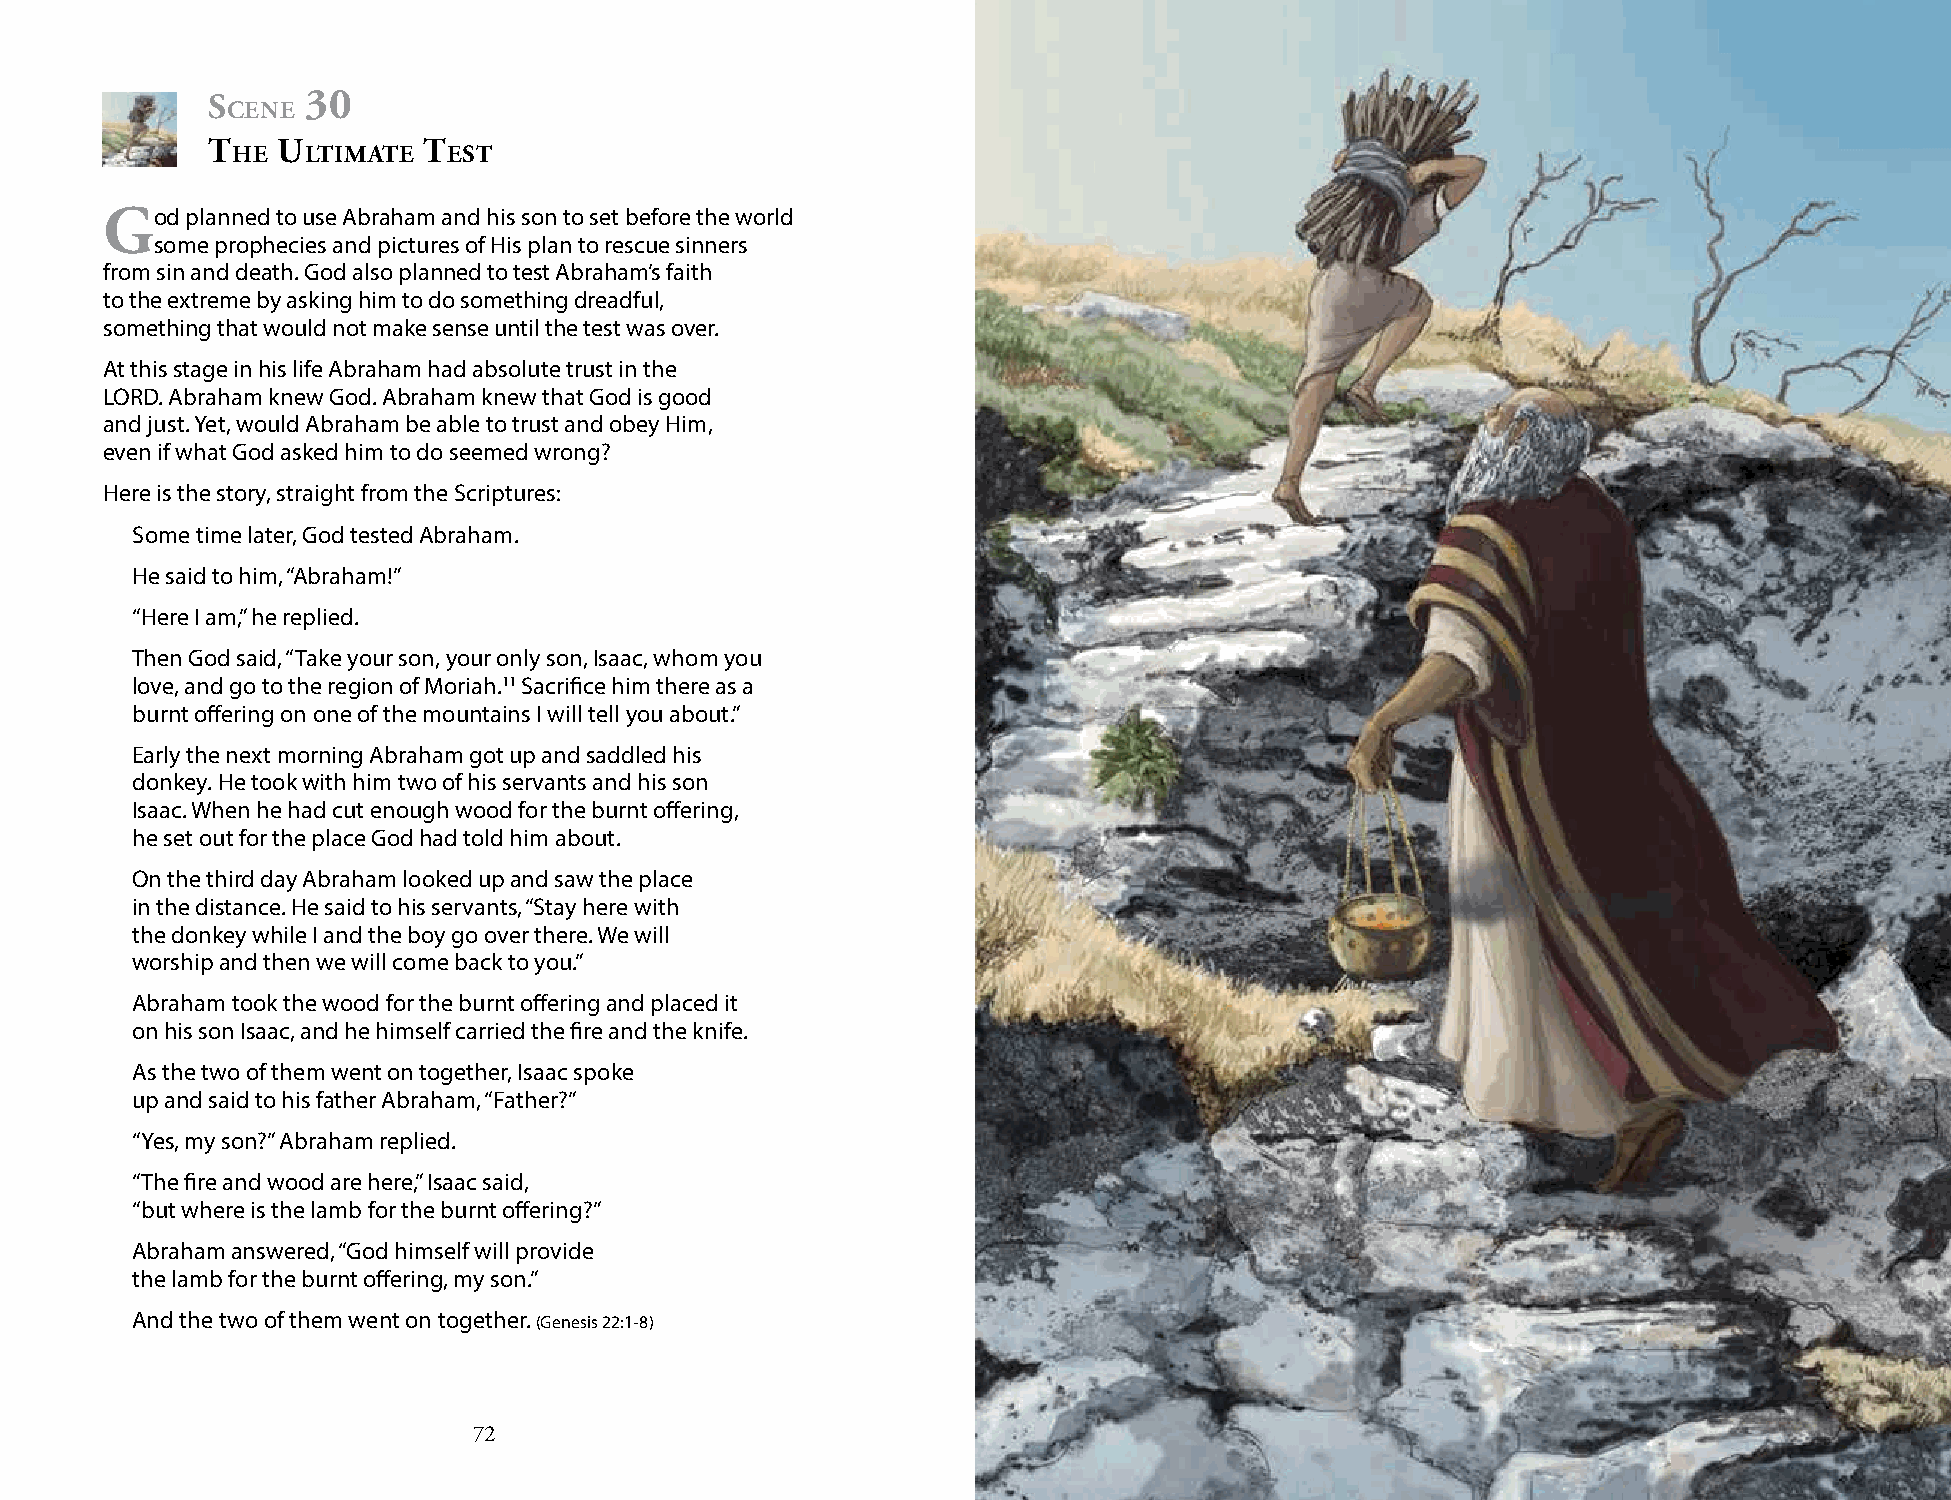
s     30
 cene
 t   u         t
 he   ltimAte   est
 god  planned to use Abraham and his son to set before the world
 some prophecies and pictures of His plan to rescue sinners
 from sin and death. God also planned to test Abraham’s faith
 to the extreme by asking him to do something dreadful,
 something that would not make sense until the test was over.
 At this stage in his life Abraham had absolute trust in the
 LORD. Abraham knew God. Abraham knew that God is good
 and just. Yet, would Abraham be able to trust and obey Him,
 even if what God asked him to do seemed wrong?
 Here is the story, straight from the Scriptures:
 Some time later, God tested Abraham.
 He said to him, “Abraham!”
 “Here I am,” he replied.
 Then God said, “Take your son, your only son, Isaac, whom you
 love, and go to the region of Moriah.11 Sacrifice him there as a
 burnt offering on one of the mountains I will tell you about.”
 Early the next morning Abraham got up and saddled his
 donkey. He took with him two of his servants and his son
 Isaac. When he had cut enough wood for the burnt offering,
 he set out for the place God had told him about.
 On the third day Abraham looked up and saw the place
 in the distance. He said to his servants, “Stay here with
 the donkey while I and the boy go over there. We will
 worship and then we will come back to you.”
 Abraham took the wood for the burnt offering and placed it
 on his son Isaac, and he himself carried the fire and the knife.
 As the two of them went on together, Isaac spoke
 up and said to his father Abraham, “Father?”
 “Yes, my son?” Abraham replied.
 “The fire and wood are here,” Isaac said,
 “but where is the lamb for the burnt offering?”
 Abraham answered, “God himself will provide
 the lamb for the burnt offering, my son.”
 And the two of them went on together. (Genesis 22:1-8)
 72